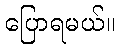
ပြောရမယ်။